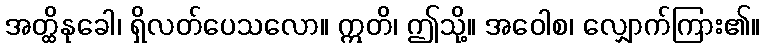
အတ္ထိနုခေါ၊ ရှိလတ်ပေသလော။ ဣတိ၊ ဤသို့။ အဝေါစ၊ လျှောက်ကြား၏။